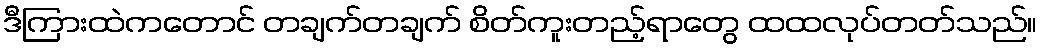
ဒီကြားထဲကတောင် တချက်တချက် စိတ်ကူးတည့်ရာတွေ ထထလုပ်တတ်သည်။